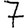
Digit: 7